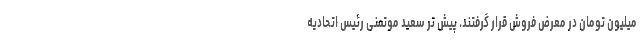
میلیون تومان در معرض فروش قرار گرفتند. پیش تر سعید موتمنی رئیس اتحادیه